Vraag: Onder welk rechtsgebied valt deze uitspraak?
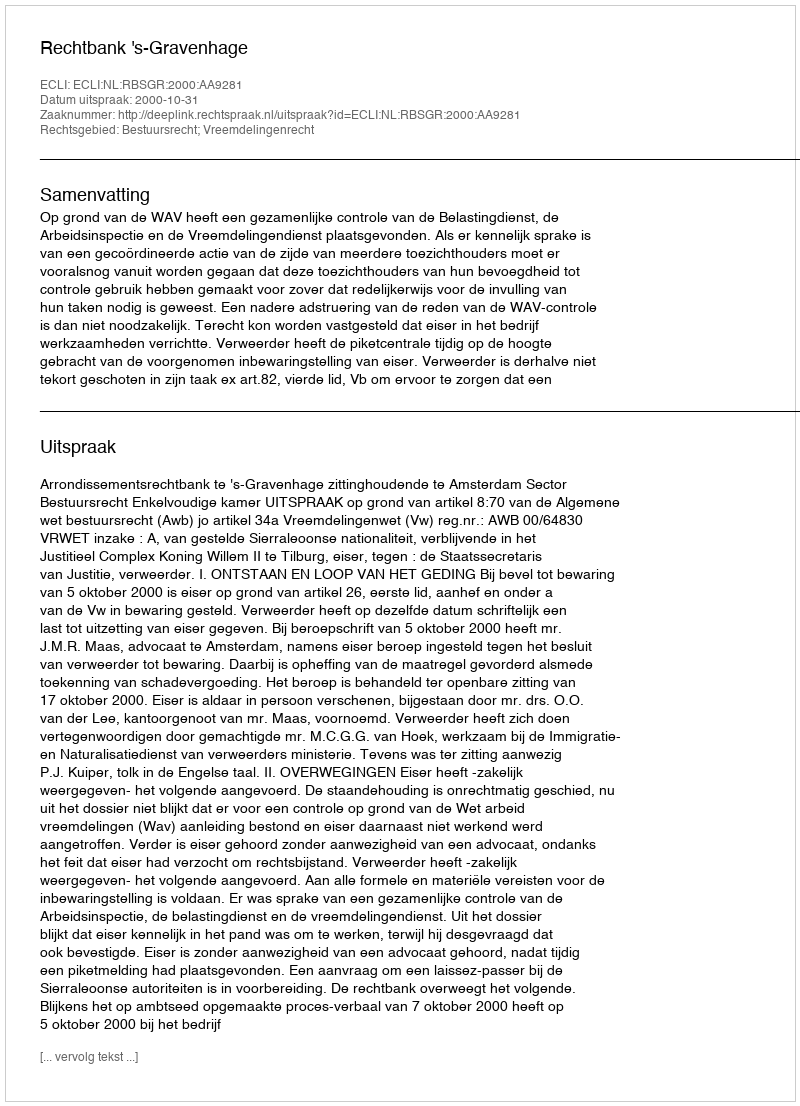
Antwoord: Bestuursrecht; Vreemdelingenrecht